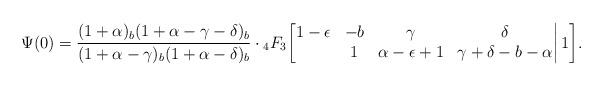
LaTeX: \begin{align*} \Psi(0)=\frac{(1+\alpha)_b(1+\alpha-\gamma-\delta)_b} {(1+\alpha-\gamma)_b(1+\alpha-\delta)_b}\cdot{}_4F_3\bigg[\begin{matrix} 1-\epsilon&-b&\gamma&\delta\\ &1&\alpha-\epsilon+1&\gamma+\delta-b-\alpha\end{matrix}\bigg|\,1\bigg]. \end{align*}